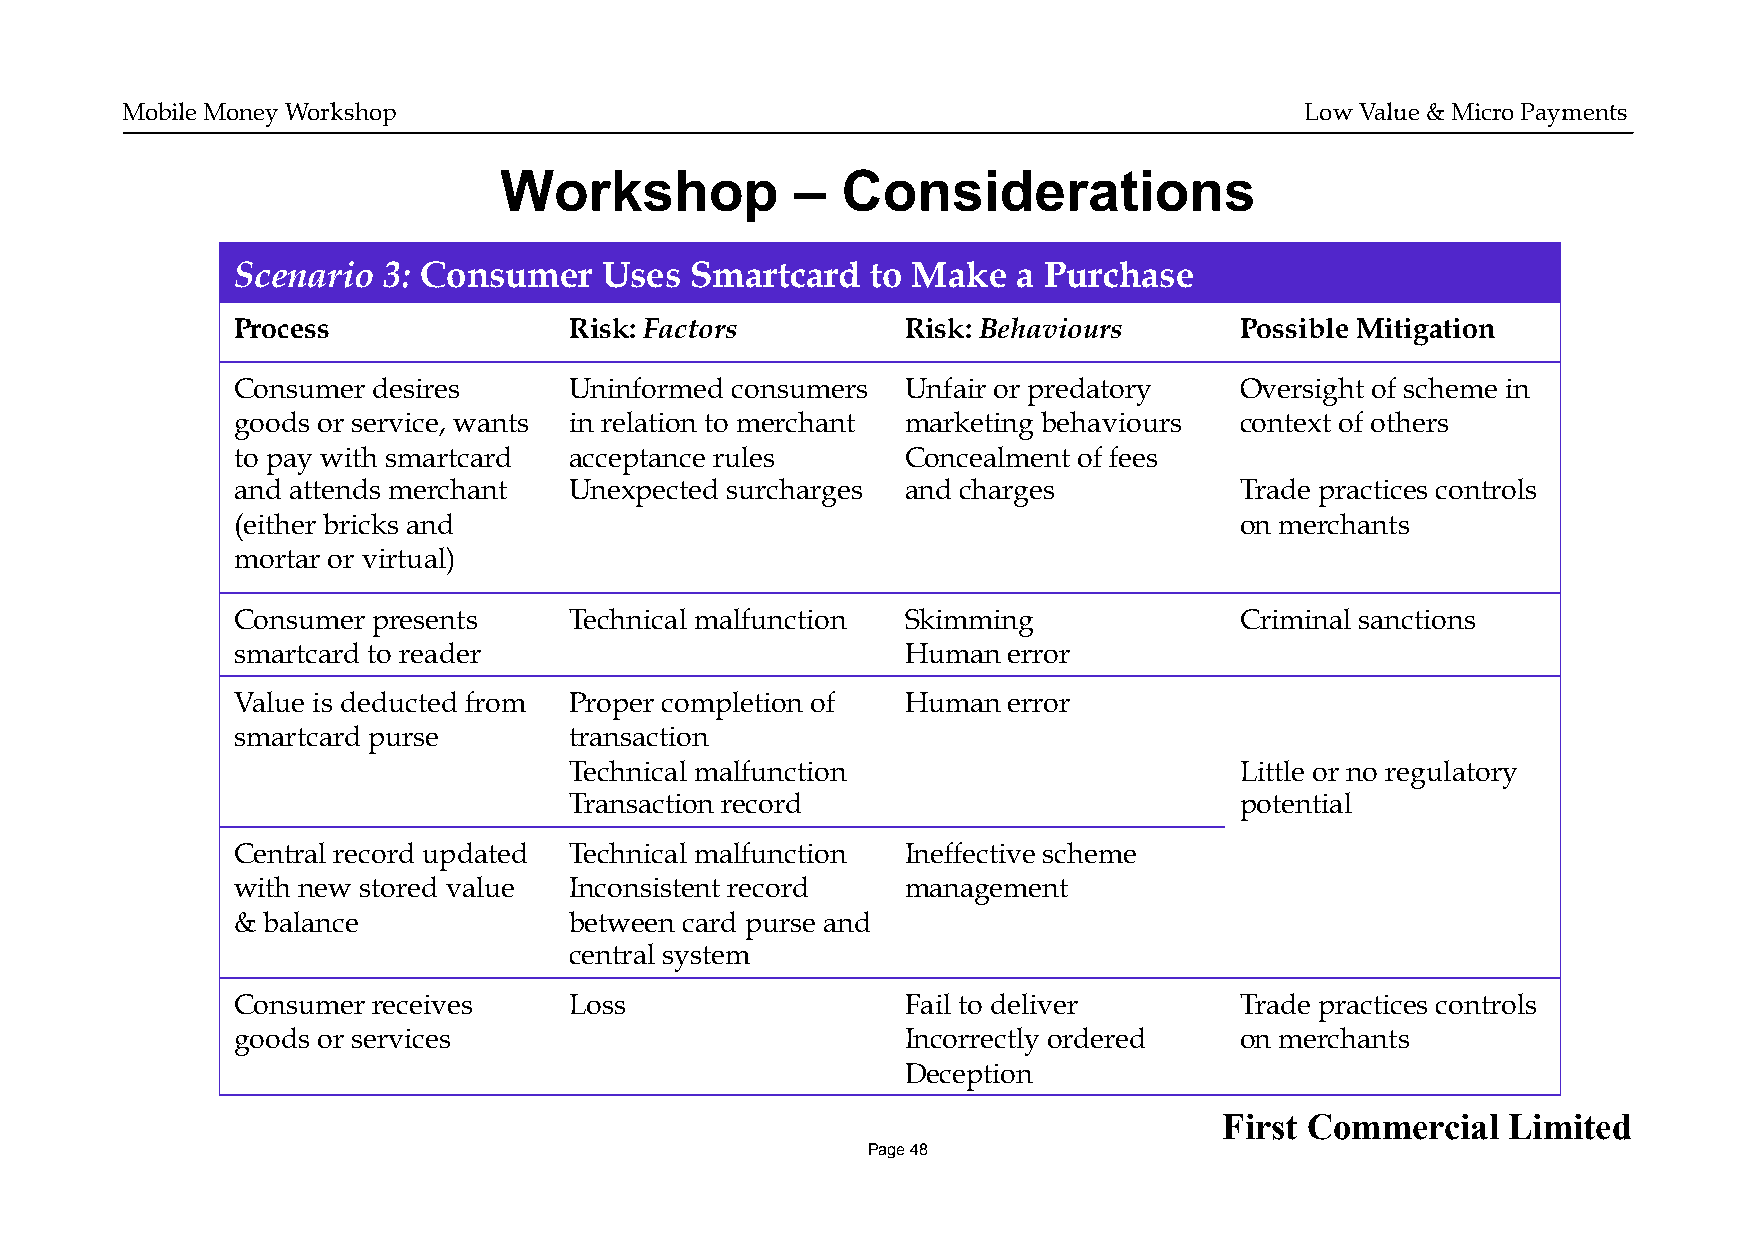
Mobile Money Workshop                                                         Low Value & Micro Payments
 Workshop            –  Considerations
 Scenario  3: Consumer    Uses  Smartcard   to Make  a Purchase
 Process                Risk: Factors         Risk: Behaviours      Possible Mitigation
 Consumer  desires      Uninformed consumers  Unfair or predatory   Oversight of scheme in
 goods or service, wants in relation to merchant marketing behaviours context of others
 to pay with smartcard  acceptance rules      Concealment of fees
 and attends merchant   Unexpected surcharges and charges           Trade practices controls
 (either bricks and                                                 on merchants
 mortar or virtual)
 Consumer  presents     Technical malfunction Skimming              Criminal sanctions
 smartcard to reader                          Human  error
 Value is deducted from Proper completion of  Human  error
 smartcard purse        transaction
 Technical malfunction                       Little or no regulatory
 Transaction record                          potential
 Central record updated Technical malfunction Ineffective scheme
 with new stored value  Inconsistent record   management
 & balance              between card purse and
 central system
 Consumer  receives     Loss                  Fail to deliver       Trade practices controls
 goods or services                            Incorrectly ordered   on merchants
 Deception
 First Commercial   Limited
 Page 48